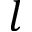
l